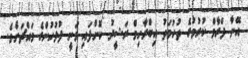
އޭނާ ފްރާމް ކުރުމުގެ ތުހުމަތު އިބްރާހިމް ރަޝީދު ކޮށްފައި ވަނީ ފުލުހުންގެ މައްޗަށެވެ.